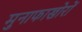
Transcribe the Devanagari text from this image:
मुनाफाखोरों